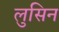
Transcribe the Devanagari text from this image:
लुसिन